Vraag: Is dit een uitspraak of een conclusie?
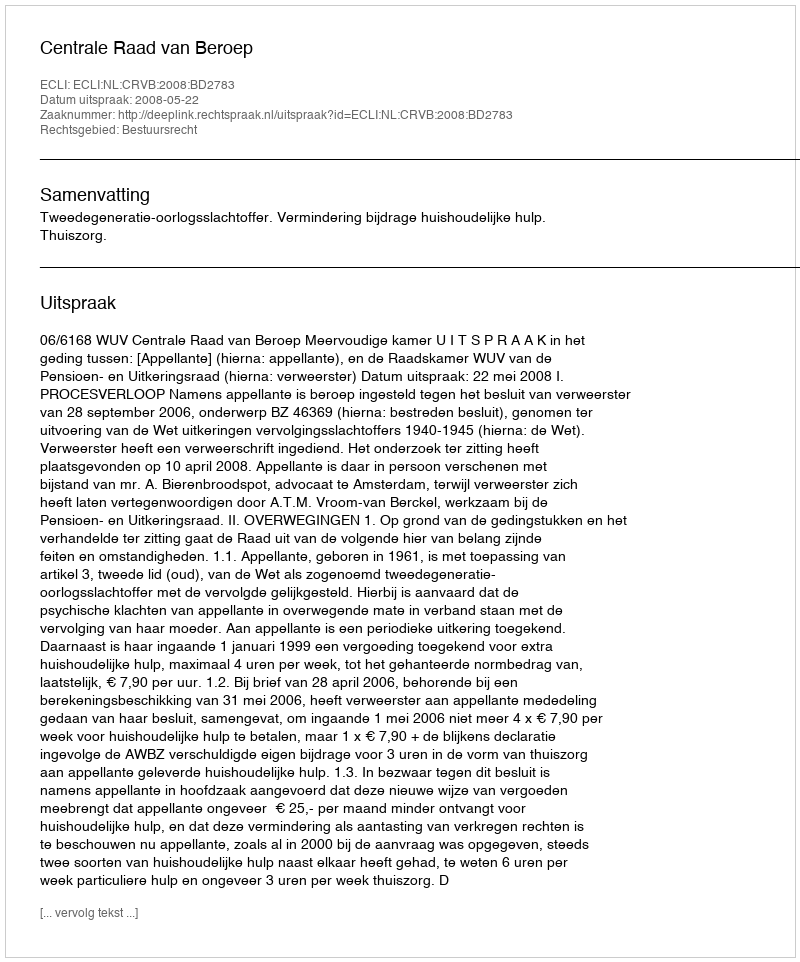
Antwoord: Uitspraak